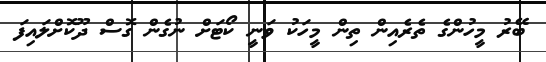
ބޭރު މީހުންގެ ތެރެއިން ތިން މީހަކު ވަނީ ކޯޓަށް ނުގެން ގޮސް ދޫކޮށްލައިފަ